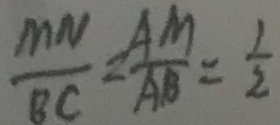
\frac { M N } { B C } = \frac { A M } { A B } = \frac { 1 } { 2 }